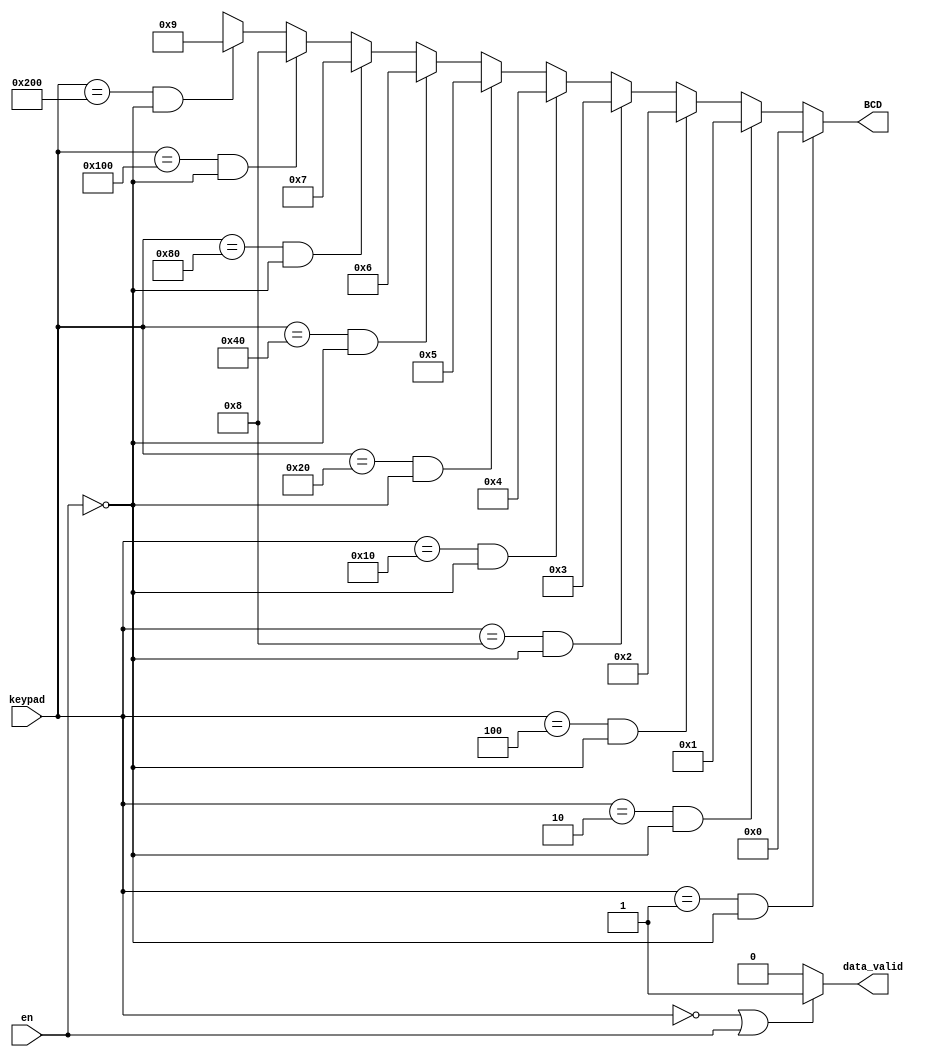
module encoder (
    input wire [9:0] keypad,
    input wire en,
    output wire [3:0] BCD,
    output reg data_valid);

    // mapeamento da entrada para BCD
    assign BCD = (keypad == 10'b0000_000_001 && !en) ? 4'b0000 :
                 (keypad == 10'b0000_000_010 && !en) ? 4'b0001 :
                 (keypad == 10'b0000_000_100 && !en) ? 4'b0010 :
                 (keypad == 10'b0000_001_000 && !en) ? 4'b0011 :
                 (keypad == 10'b0000_010_000 && !en) ? 4'b0100 :
                 (keypad == 10'b0000_100_000 && !en) ? 4'b0101 :
                 (keypad == 10'b0001_000_000 && !en) ? 4'b0110 :
                 (keypad == 10'b0010_000_000 && !en) ? 4'b0111 :
                 (keypad == 10'b0100_000_000 && !en) ? 4'b1000 :
                 (keypad == 10'b1000_000_000 && !en) ? 4'b1001 :
                 4'bXXXX;

    // controle do data_valid
    always @(keypad, en) begin
        if ((keypad == 10'b0000_000_000) || en) data_valid = 1'b1; 
        else data_valid = 1'b0;
    end
    
endmodule